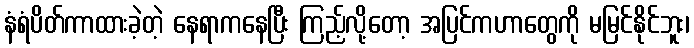
နံရံပိတ်ကာထားခဲ့တဲ့ နေရာကနေပြီး ကြည့်လို့တော့ အပြင်ကဟာတွေကို မမြင်နိုင်ဘူး၊